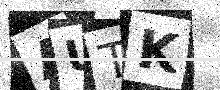
Text: AUTK